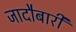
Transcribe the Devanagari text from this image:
जादौबारी